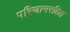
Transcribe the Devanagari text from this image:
परिणामरहित